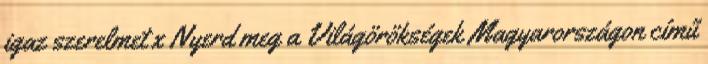
igaz szerelmet x Nyerd meg a Világörökségek Magyarországon című